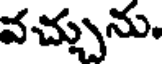
వచ్చును.